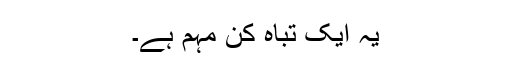
یہ ایک تباہ کن مہم ہے۔